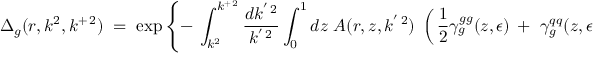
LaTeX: \Delta _ { g } ( r , k ^ { 2 } , k ^ { + \, 2 } ) \; = \; \exp \left\{ - \, \int _ { k ^ { 2 } } ^ { k ^ { + \, 2 } } \frac { d k ^ { ' \, 2 } } { k ^ { ' \, 2 } } \int _ { 0 } ^ { 1 } d z \; A ( r , z , k ^ { ' \, 2 } ) \; \left( \, \frac { 1 } { 2 } \gamma _ { g } ^ { g g } ( z , \epsilon ) \, + \, \, \gamma _ { g } ^ { q q } ( z , \epsilon ) \right) \right\}